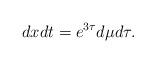
LaTeX: \begin{align*} dx dt = e^{3\tau} d\mu d\tau .\end{align*}